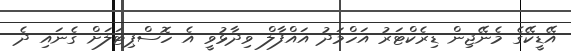
އޭޑީކޭގެ މެނޭޖިން ޑިރެކްޓަރު އަހްމަދު އައްފާލް ވިދާޅުވީ އެ ހޮސްޕިޓަލަށް ގެނައި ދެ